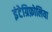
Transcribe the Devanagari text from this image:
इंटेग्रिफ़ोलिया